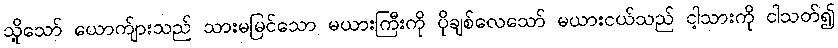
သို့သော် ယောက်ျားသည် သားမမြင်သော မယားကြီးကို ပိုချစ်လေသော် မယားငယ်သည် ငါ့သားကို ငါသတ်၍